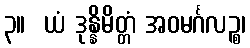
၃။  ယံ ဒုန္နိမိတ္တံ အဝမင်္ဂလဉ္စ၊